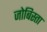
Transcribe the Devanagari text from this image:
जोबिस्ता